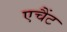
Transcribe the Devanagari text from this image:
एचैंट